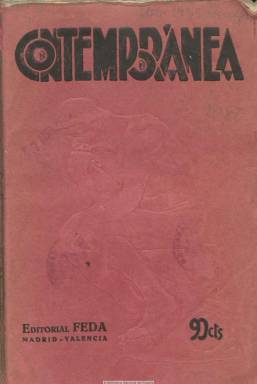
Título: Contemporánea (Valencia)
Colección: Revistas de información general
Ámbito geográfico: Valencia
Lugar de publicación: Valencia
Fechas: 01/01/1933-31/05/1936

Con un escueto subtítulo –revista mensual- es una publicación no ajena a la actualidad española, europea y mundial (de ahí su título) y de calado cultural, en la que se dan cita intelectuales católicos hoy prácticamente olvidados, especializados en las diversas ramas del saber y del pensamiento, la filosofía, la política, las ciencias jurídicas y sociales, la pedagogía, la historia, la medicina, la literatura, la religión, el arte o el teatro. Con un marchamo científico, pretende “descubrir las maniobras de las falacias en contra de la verdad”, tal como expresa en su artículo de presentación. Estará dirigida a un público ilustrado y selecto.

Es editada en Valencia por FEDEA, una editorial relacionada con la Orden de Predicadores (dominicos), que venía también publicando la revista de literatura y arte Rosas y espinas (1915). Comienza a publicarse en enero de 1933, en entregas en torno al centenar y medio de páginas, aunque algunos números serán dobles, duplicando en este caso también su paginación habitual. Está compuesta a una columna e inserta fotografías, retratos, dibujos, caricaturas y autógrafos, además de algunos anuncios publicitarios.

Cada número cuenta con un sumario y suele publicar índices acumulativos. Está dividida en secciones y cada una de ellas acompañadas de unas notas y comentarios, así como recensiones de libros, folletos y artículos recomendados, además de una crónica de actualidad. Se compromete a publicar en cada número un artículo en lengua extranjera, acompañado de su traducción.

Son numerosos sus artículos de fondo, bajo un criterio moral católico, y sus colaboradores sobre la actualidad política y cultural, entre los que cabe citar a Luis Urbano, Luis Martín Ballestero, Abilio Alaejos, Francisco Calvo Burillo, José María de Ortega y Morejón, José María de Garganta, Antonio Huguet, Alberto Colunga, Manuel Fortea, Pedro Gómez-Ferrer, Victoria Pérez Marzán, Ana Nadal de San Juan, V. Calvo Acacio, J.J. Barcia Goyanes, J.L. Albareda o L. Delmás, entre otros muchos. Publicó hasta 39 números, correspondiendo el último a mayo-junio de 1936.